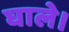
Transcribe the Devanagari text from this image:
घाले।